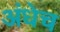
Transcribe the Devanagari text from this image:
अंधेच